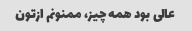
عالی بود همه چیز، ممنونم ازتون